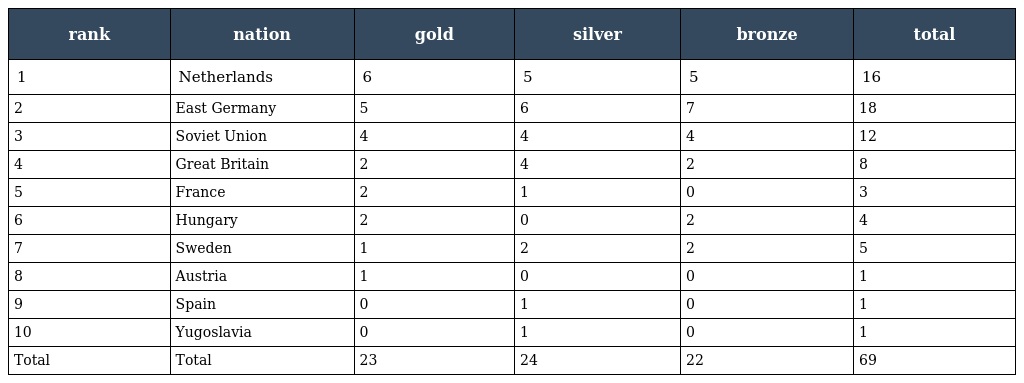
| rank | nation | gold | silver | bronze | total |
 | --- | --- | --- | --- | --- | --- |
 | 1 | Netherlands | 6 | 5 | 5 | 16 |
 | 2 | East Germany | 5 | 6 | 7 | 18 |
 | 3 | Soviet Union | 4 | 4 | 4 | 12 |
 | 4 | Great Britain | 2 | 4 | 2 | 8 |
 | 5 | France | 2 | 1 | 0 | 3 |
 | 6 | Hungary | 2 | 0 | 2 | 4 |
 | 7 | Sweden | 1 | 2 | 2 | 5 |
 | 8 | Austria | 1 | 0 | 0 | 1 |
 | 9 | Spain | 0 | 1 | 0 | 1 |
 | 10 | Yugoslavia | 0 | 1 | 0 | 1 |
 | Total | Total | 23 | 24 | 22 | 69 |